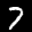
Label: 7